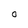
Character: O